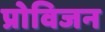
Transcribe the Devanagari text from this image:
प्रोविजन